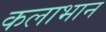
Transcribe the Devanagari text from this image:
कलाभान